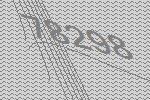
78298